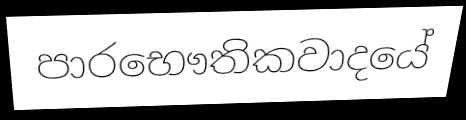
පාරභෞතිකවාදයේ